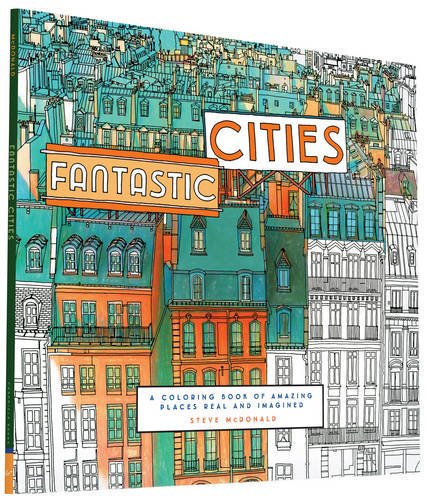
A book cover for Fantastic Cities: A Coloring Book of Amazing Places Real and Imagined; Arts & Photography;